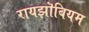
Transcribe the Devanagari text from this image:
रायझॊबियम